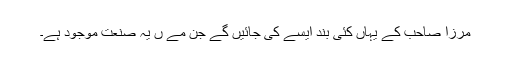
مرزا صاحب کے یہاں کئی بند ایسے کی جائیں گے جن مے ں یہ صنعت موجود ہے۔